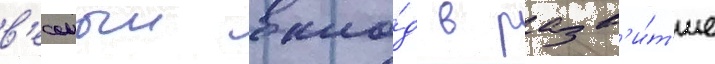
в'есомыи вкла́д в разв'и́т'ие